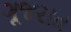
ગૂજરાત